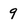
Character: 9